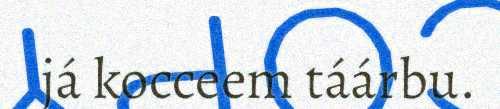
já kocceem táárbu.